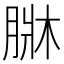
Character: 𦝆